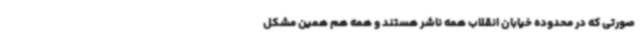
صورتی که در محدوده خیابان انقلاب همه ناشر هستند و همه هم همین مشکل